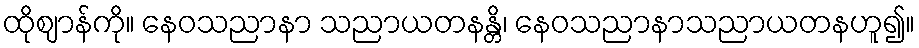
ထိုဈာန်ကို။ နေဝသညာနာ သညာယတနန္တိ၊ နေဝသညာနာသညာယတနဟူ၍။